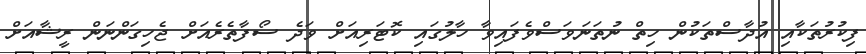
ފިކުރުތަކާއި އުދާސްތަކުން ހިތް ނުތަނަވަސްވެފައިވާ ހާލުގައި ކޮޓަރިއަށް ވަދެ ސޯފާތެރެއަށް ޖެހިގަންނަން ރީޝާއަށް